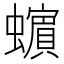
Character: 𧓍